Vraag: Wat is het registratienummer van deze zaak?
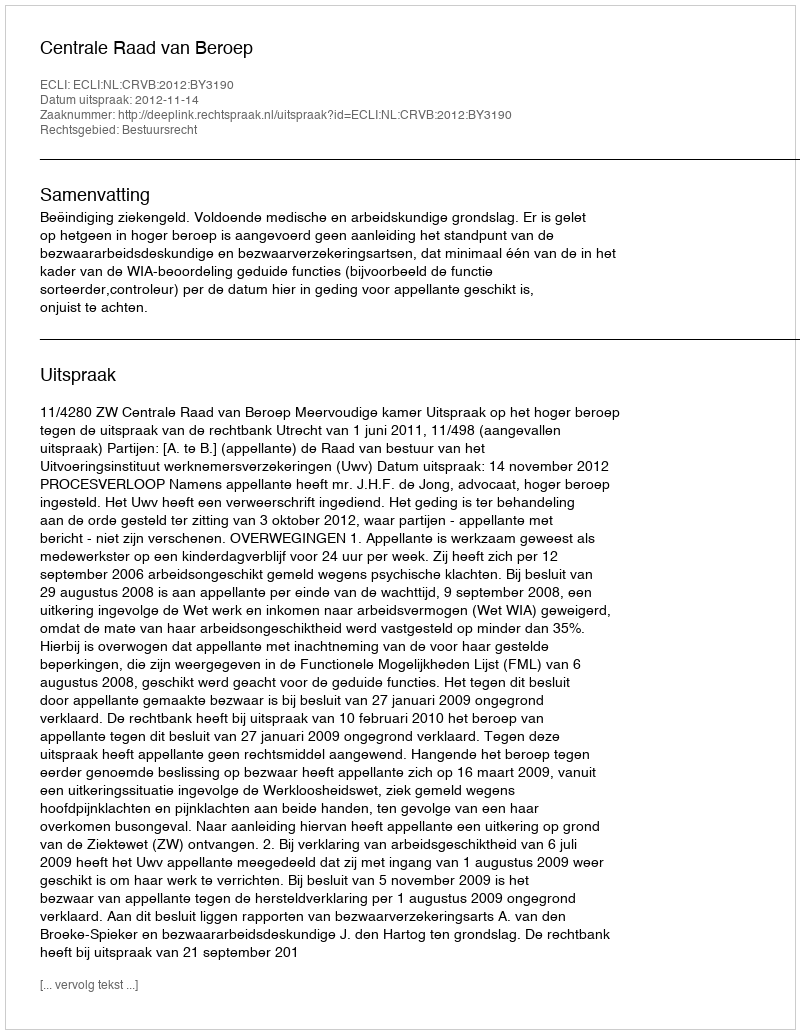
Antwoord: http://deeplink.rechtspraak.nl/uitspraak?id=ECLI:NL:CRVB:2012:BY3190